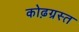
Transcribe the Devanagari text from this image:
कोढ़ग्रस्त